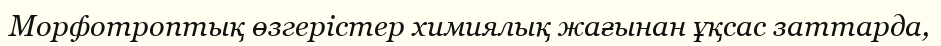
Морфотроптық өзгерістер химиялық жағынан ұқсас заттарда,